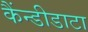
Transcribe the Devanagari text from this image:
कैंन्डीडाटा